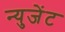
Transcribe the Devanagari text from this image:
न्युजेंट